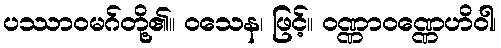
ပဿာဝမဂ်တို့၏။ ဝသေန၊ ဖြင့်။ ဝဏ္ဏာဝဏ္ဏေဟိဝါ၊